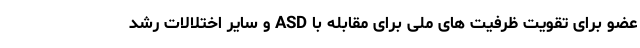
عضو برای تقویت ظرفیت های ملی برای مقابله با ASD و سایر اختلالات رشد